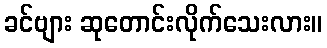
ခင်ဗျား ဆုတောင်းလိုက်သေးလား။